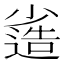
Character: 𡮯